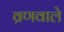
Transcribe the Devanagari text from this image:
व्रणवाले